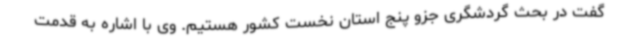
گفت در بحث گردشگری جزو پنج استان نخست کشور هستیم. وی با اشاره به قدمت